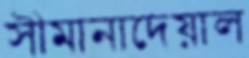
সীমানাদেয়াল